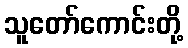
သူတော်ကောင်းတို့